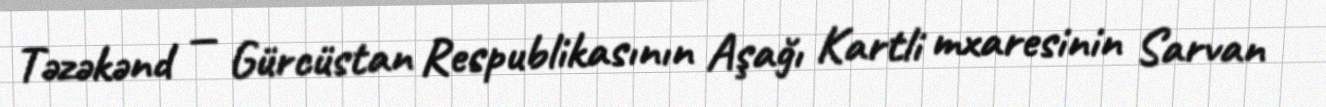
Təzəkənd — Gürcüstan Respublikasının Aşağı Kartli mxaresinin Sarvan